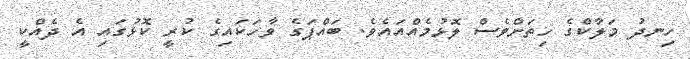
ހިނދު މަލާކްގެ ހިތަށްވެސް ލޮޅުމެއްއައެވެ. ބައްޕަގެ ވާހަކައިގެ ކުރީ ކޮޅުގައި އެ ދެއްކީ